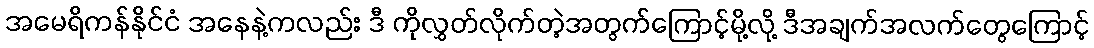
အမေရိကန်နိုင်ငံ အနေနဲ့ကလည်း ဒီ ကိုလွှတ်လိုက်တဲ့အတွက်ကြောင့်မို့လို့ ဒီအချက်အလက်တွေကြောင့်